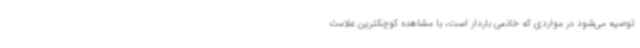
توصیه می‌شود در مواردی که خانمی باردار است، با مشاهده کوچکترین علامت